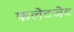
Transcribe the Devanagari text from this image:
फलेटजेट